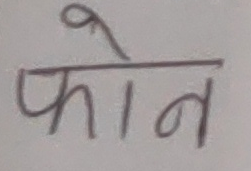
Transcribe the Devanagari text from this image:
फोन